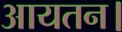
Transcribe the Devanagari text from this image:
आयतन।